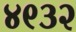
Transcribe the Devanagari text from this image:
४९३२